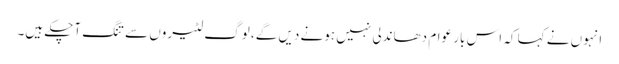
انہوں نے کہا کہ اس بار عوام دھاندلی نہیں ہونے دیں گے، لوگ لٹیروں سے تنگ آچکے ہیں۔